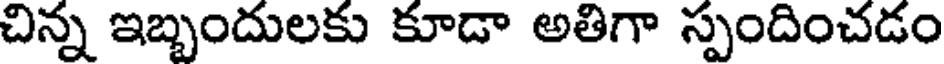
చిన్న ఇబ్బందులకు కూడా అతిగా స్పందించడం